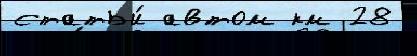
статьи́ автом км 28